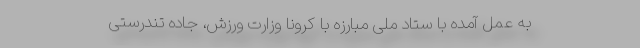
به عمل آمده با ستاد ملی مبارزه با کرونا وزارت ورزش، جاده تندرستی